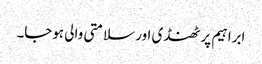
ابراہیم پر ٹھنڈی اور سلامتی والی ہوجا۔